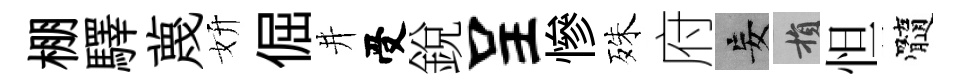
棚驛蔑妍倔井受銳呈慘殊府妄損怛髓